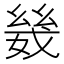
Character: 𫷣